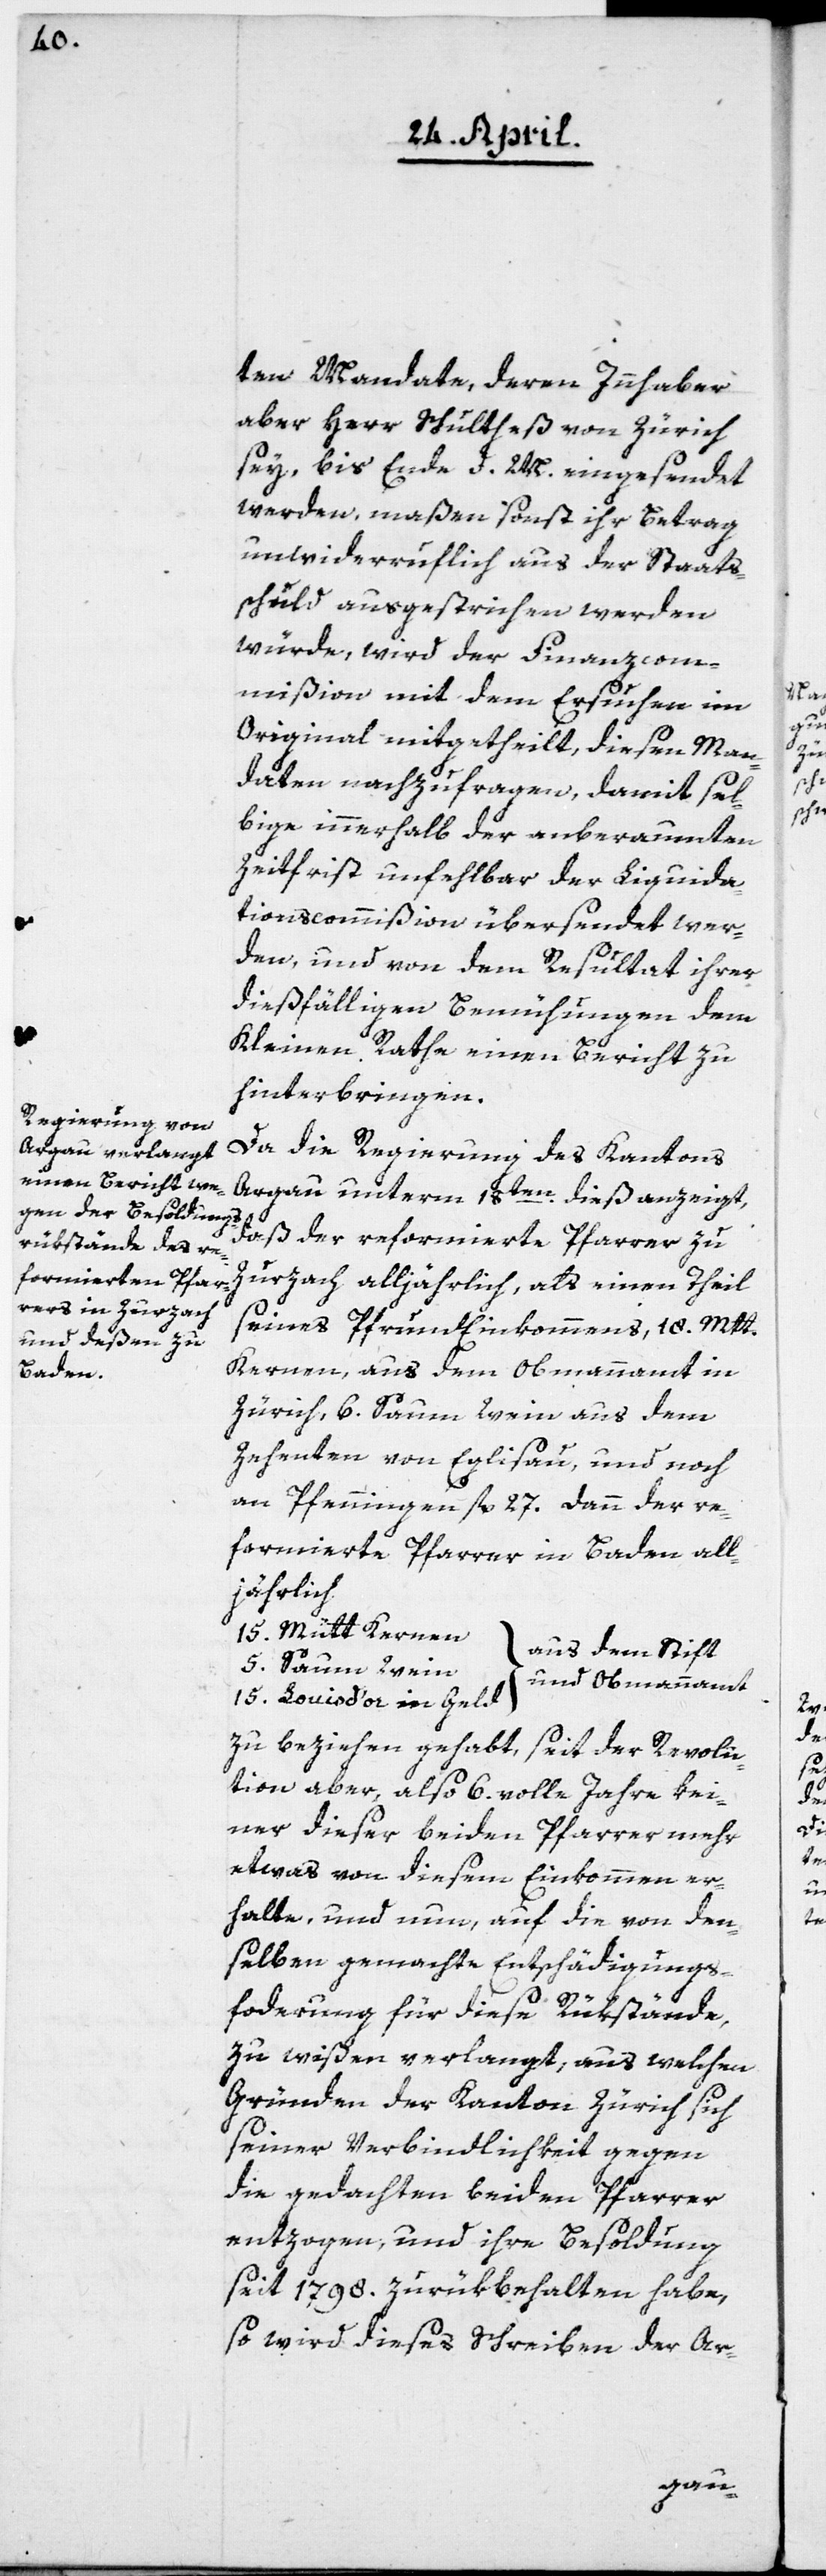
ten Mandate, deren Innhaber
aber Herr Schultheß von Zürich
sey, bis Ende d. M. eingesendet
werden, maßen sonst ihr Betrag
unwiderruflich aus der Staats¬
schuld ausgestrichen werden
würde, wird der Finanzcom¬
mißion mit dem Ersuchen im
Original mitgetheilt, diesen Man¬
daten nachzufragen, damit sel¬
bige innerhalb der anberaumten
Zeitfrist unfehlbar der Liquida¬
tionscommißion übersendet wer¬
den, und von dem Resultat ihrer
dießfälligen Bemühungen dem
Kleinen Rathe einen Bericht zu
hinterbringen.
Da die Regierung des Kantons
Argau unterm 18ten dieß anzeigt,
daß der reformierte Pfarrer zu
Zurzach alljährlich, als einen Theil
seines Pfrund-Einkommens, 18 Mtt.
Kernen, aus dem Obmannamt in
Zürich, 6. Saum Wein aus dem
Zehenten von Eglisau, und noch
an Pfenningen fl. 27. dann der re¬
formierte Pfarrer in Baden all¬
jährlich
15. Mütt Kernen
aus dem Stift
5 . Saum Wein
und Obmannamt
15. Louis d’or in Geld
zu beziehen gehabt, seit der Revolu¬
tion aber, also 6. volle Jahre kei¬
ner dieser beiden Pfarrer mehr,
etwas von diesem Einkommen er¬
halte, und nun, auf die von den¬
selben gemachte Entschädigungs¬
forderung für diese Rükstände,
zu wißen verlangt, aus welchen
Gründen der Kanton Zürich sich
seiner Verbindlichkeit gegen
die gedachten beiden Pfarrer
entzogen, und ihre Besoldung
seit 1798. zurükbehalten habe,
so wird dieses Schreiben der Ar-